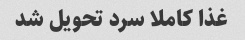
غذا کاملا سرد تحویل شد